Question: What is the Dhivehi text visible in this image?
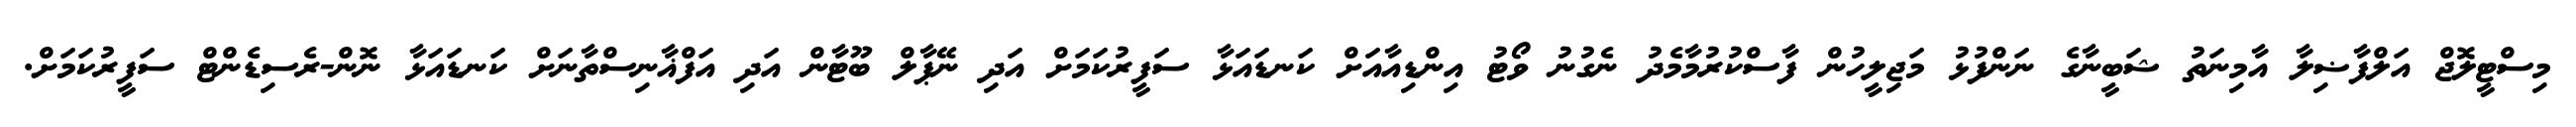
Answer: މިސްޓީލޮޖް އަލްފާޟިލާ އާމިނަތު ޝަބީނާގެ ނަންފުޅު މަޖިލީހުން ފާސްކުރުމާމެދު ނެގުނު ވޯޓު އިންޑިއާއަށް ކަނޑައަޅާ ސަފީރުކަމަށް އަދި ނޭޕާލް ބޫޓާން އަދި އަފްޣާނިސްތާނަށް ކަނޑައަޅާ ނޮން-ރެސިޑެންޓް ސަފީރުކަމަށް.